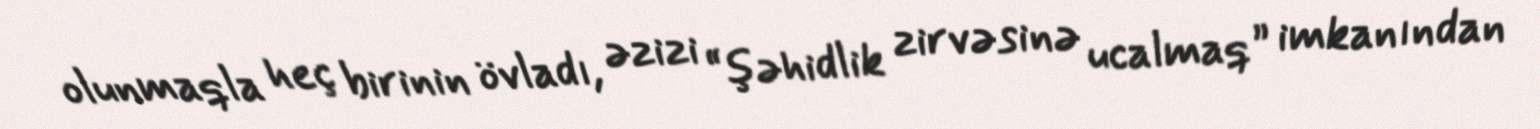
olunmaqla heç birinin övladı, əzizi “şəhidlik zirvəsinə ucalmaq” imkanından